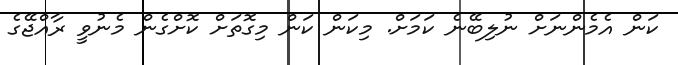
ކަން އެމެންނަށް ނުލިބޭނެ ކަމަށް. މިކަން ކަން މިގޮތަށް ކޮށްގެން މެނުވީ ރާއްޖޭގެ